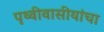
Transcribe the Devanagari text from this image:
पृथ्वीवासीयांचा